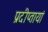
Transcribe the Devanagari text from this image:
प्रदीप्तायां